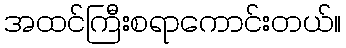
အထင်ကြီးစရာကောင်းတယ်။